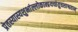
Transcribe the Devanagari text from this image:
प्रेतस्यास्यशुभांल्लोकान्प्रयच्छंतुचशाश्वतान्